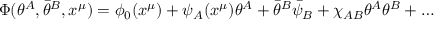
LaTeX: \Phi ( \theta ^ { A } , \bar { \theta } ^ { B } , x ^ { \mu } ) = \phi _ { 0 } ( x ^ { \mu } ) + \psi _ { A } ( x ^ { \mu } ) \theta ^ { A } + \bar { \theta } ^ { B } \bar { \psi } _ { B } + \chi _ { A B } \theta ^ { A } \theta ^ { B } + \ldots